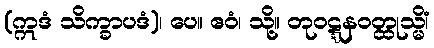
(ဣဒံ သိက္ခာပဒံ)၊ ပေ။ ဧဝံ၊ သို့။ တုဝဋ္ဋနဝတ္ထုသ္မိံ၊